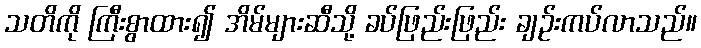
သတိကို ကြီးစွာထား၍ အိမ်များဆီသို့ ခပ်ဖြည်းဖြည်း ချဉ်းကပ်လာသည်။